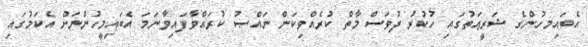
އެބައިމހުންގެ ޝަރީޢަތުގައި ހުކުރު ދުވަސް މާތް ކުރެއްވިކަން ނައްޞު ކުރައްވާފައިވާނަމަ އެބައިމީހުންނަށް އެކަމުގައި